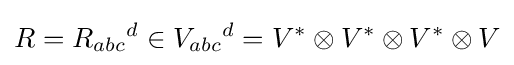
R=R_{abc}{}^{d}\in V_{abc}{}^{d}=V^{*}\otimes V^{*}\otimes V^{*}\otimes V